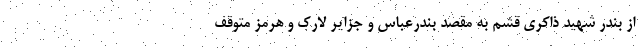
از بندر شهید ذاکری قشم به مقصد بندرعباس و جزایر لارک و هرمز متوقف